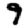
Digit: 9